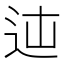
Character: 𨑿